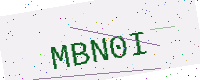
Text: MBN0I